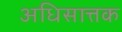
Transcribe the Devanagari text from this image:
अधिसात्तक